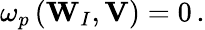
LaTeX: \begin{array}{r}{\omega_{p}\left(\mathbf{W}_{I},\mathbf{V}\right)=0\, .}\end{array}